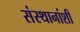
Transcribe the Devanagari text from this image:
संस्थानांशी